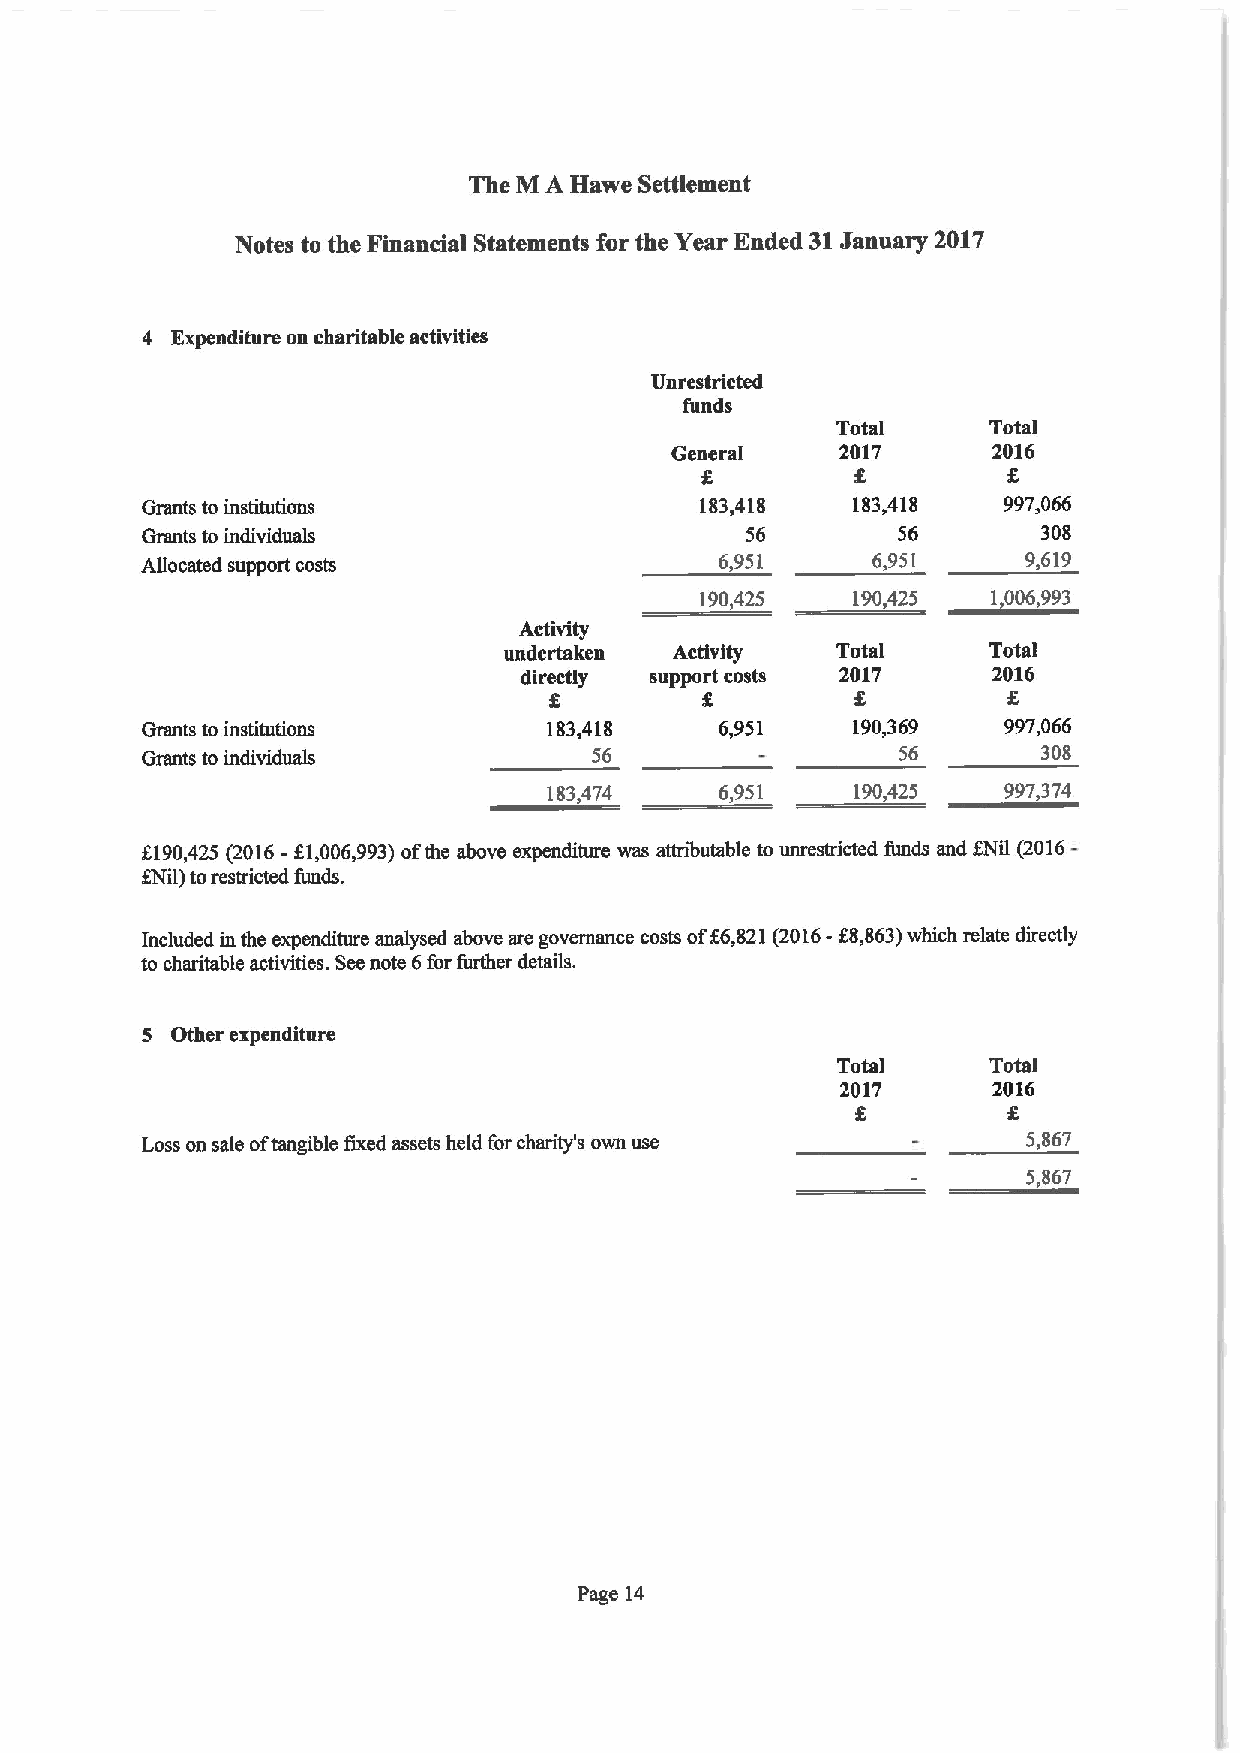
The M A Havve Settlement
 Notes to the Financial Statements for the Year Ended 31January 2017
 4 Expenditure on charitable activities
 Unrestricted
 funds
 Total     Total
 General     2017      2016
 Grants to institutions               183,418   183,418   997,066
 Grants to individuals                   56        56        308
 Allocated support costs                6,951     6,951     9,619
 190,425   190,425   1,006,993
 Activity
 undertaken  Activity  Total     Total
 directly support costs 2017     2016
 Grants to institutions     183,418     6,951   190,369   997,066
 Grants to individuals         56                  56        308
 183,474     6,951    190,425  997,374
 6190,425 (2016- K1,006,993)ofthe above expenditure was attributable to unrestricted funds and KNil (2016-
 ENII) torestricted funds.
 Included in the expenditure analysed above are governance costs of66,821(2016- K8,863)which relate directly
 to charitable activities. Seenote 6for fiuther details.
 5 Other expenditure
 Total     Total
 2017      2016
 Loss on sale oftangible fixed assets held for charity's own use 5,867
 5,867
 Page 14